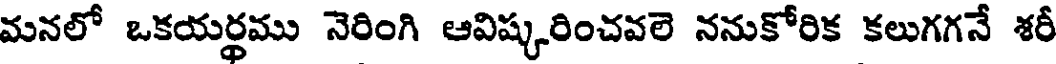
మనలో ఒకయర్థము నెరింగి ఆవిష్కరించవలె ననుకోరిక కలుగగనే శరీ